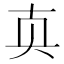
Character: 𰅴